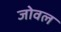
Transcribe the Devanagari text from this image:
जोवल